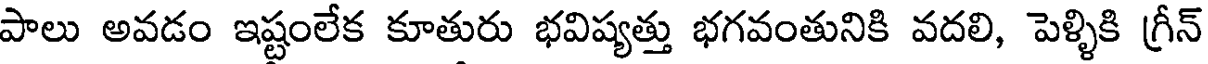
పాలు అవడం ఇష్టంలేక కూతురు భవిష్యత్తు భగవంతునికి వదలి, పెళ్ళికి గ్రీన్